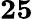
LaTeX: \mathbf{25}